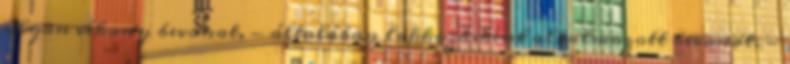
olyan vékony bevonat, - általában lakkozásként alkalmazott bevonat, -